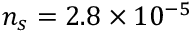
n _ { s } = 2 . 8 \times 1 0 ^ { - 5 }